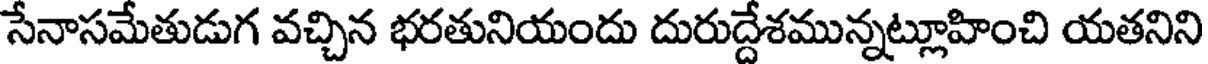
సేనాసమేతుడుగ వచ్చిన భరతునియందు దురుద్దేశమున్నట్లూహించి యతనిని